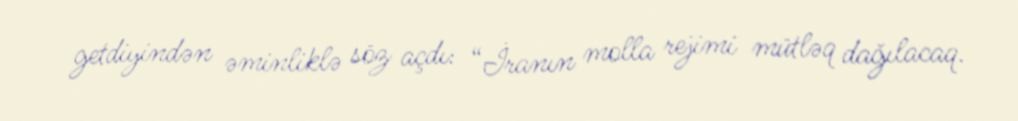
getdiyindən əminliklə söz açdı: “İranın molla rejimi mütləq dağılacaq.